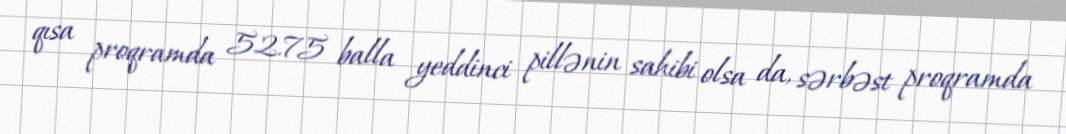
qısa proqramda 52.75 balla yeddinci pillənin sahibi olsa da, sərbəst proqramda